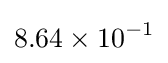
8.64\times 10^{-1}